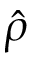
\hat { \rho }